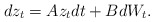
\begin{align*}dz_t = Az_t dt + BdW_t.\end{align*}